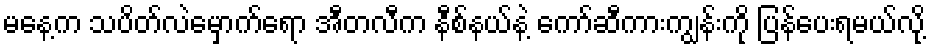
မနေ့က သပိတ်လဲမှောက်ရော အီတလီက နီစ်နယ်နဲ့ ကော်ဆီကားကျွန်းကို ပြန်ပေးရမယ်လို့